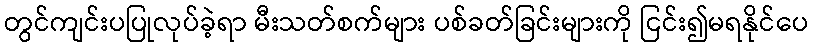
တွင်ကျင်းပပြုလုပ်ခဲ့ရာ မီးသတ်စက်များ ပစ်ခတ်ခြင်းများကို ငြင်း၍မရနိုင်ပေ